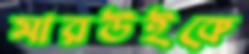
মারউইকে